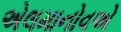
એલમાનોવએ